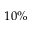
1 0 \%